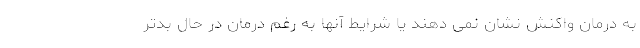
به درمان واکنش نشان نمی دهند یا شرایط آنها به رغم درمان در حال بدتر